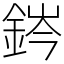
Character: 䤫